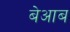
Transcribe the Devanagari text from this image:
बेआब